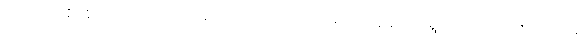
ပက်လက်အိပ်ခိုင်းသည် ကိရိယာများ ပါဝင်ကြောင်းကိုလည်း လုပ်ငန်းဆောင်ရွက်ရာမှ ဆိုလာမီးအိမ်များ